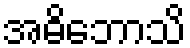
အဓိဘောသိ